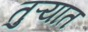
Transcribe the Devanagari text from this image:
तुऱ्यात